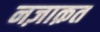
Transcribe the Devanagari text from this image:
नज़ाक़त